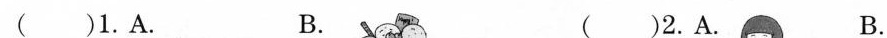
( )1.A. B ( )2.A. B.